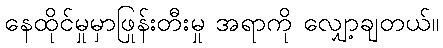
နေထိုင်မှုမှာဖြုန်းတီးမှု အရာကို လျှော့ချတယ်။